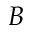
B